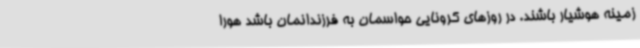
زمینه هوشیار باشند. در روزهای کرونایی حواسمان به فرزندانمان باشد هورا